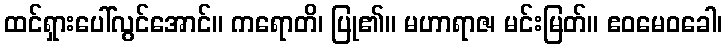
ထင်ရှားပေါ်လွင်အောင်။ ကရောတိ၊ ပြု၏။ မဟာရာဇ၊ မင်းမြတ်။ ဧဝမေဝခေါ၊